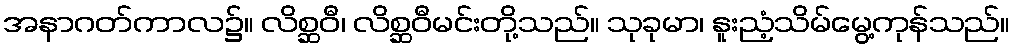
အနာဂတ်ကာလ၌။ လိစ္ဆဝီ၊ လိစ္ဆဝီမင်းတို့သည်။ သုခုမာ၊ နူးညံ့သိမ်မွေ့ကုန်သည်။